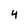
Character: 4